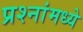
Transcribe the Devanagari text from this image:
प्रश्नांमध्ये